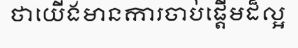
ថាយើងមានការចាប់ផ្តើមដ៏ល្អ